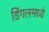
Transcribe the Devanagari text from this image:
डिंगलमध्ये